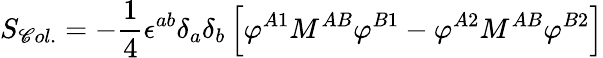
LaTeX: S_{\mathscr{C}ol.}=-{\frac{{1}}{{4}}}\epsilon^{ab}\delta_{a}\delta_{b}\left[\varphi^{A1}M^{AB}\varphi^{B1}-\varphi^{A2}M^{AB}\varphi^{B2}\right]